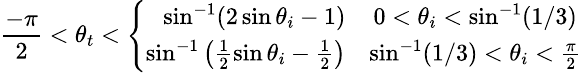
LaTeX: \small\frac{-\pi}{2}<\theta_{t}<\left\{ \begin{array}{rcr}{\sin^{-1}(2\sin\theta_{i}-1)}&{0<\theta_{i}<\sin^{-1}(1/3)}\\ {\sin^{-1}\left(\frac{1}{2}\sin\theta_{i}-\frac{1}{2}\right)}&{\sin^{-1}(1/3)<\theta_{i}<\frac{\pi}{2}}\end{array}\right.